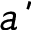
\acute { a }